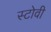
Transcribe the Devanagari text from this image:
स्टोवी